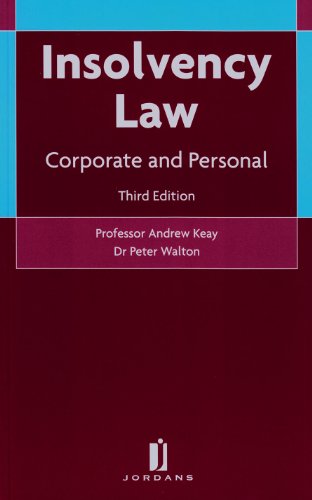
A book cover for Insolvency Law: Corporate and Personal (Third Edition); Andrew R. Keay; Law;